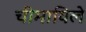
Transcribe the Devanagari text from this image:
चीमायिले